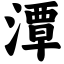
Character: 潭